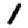
Digit: 1